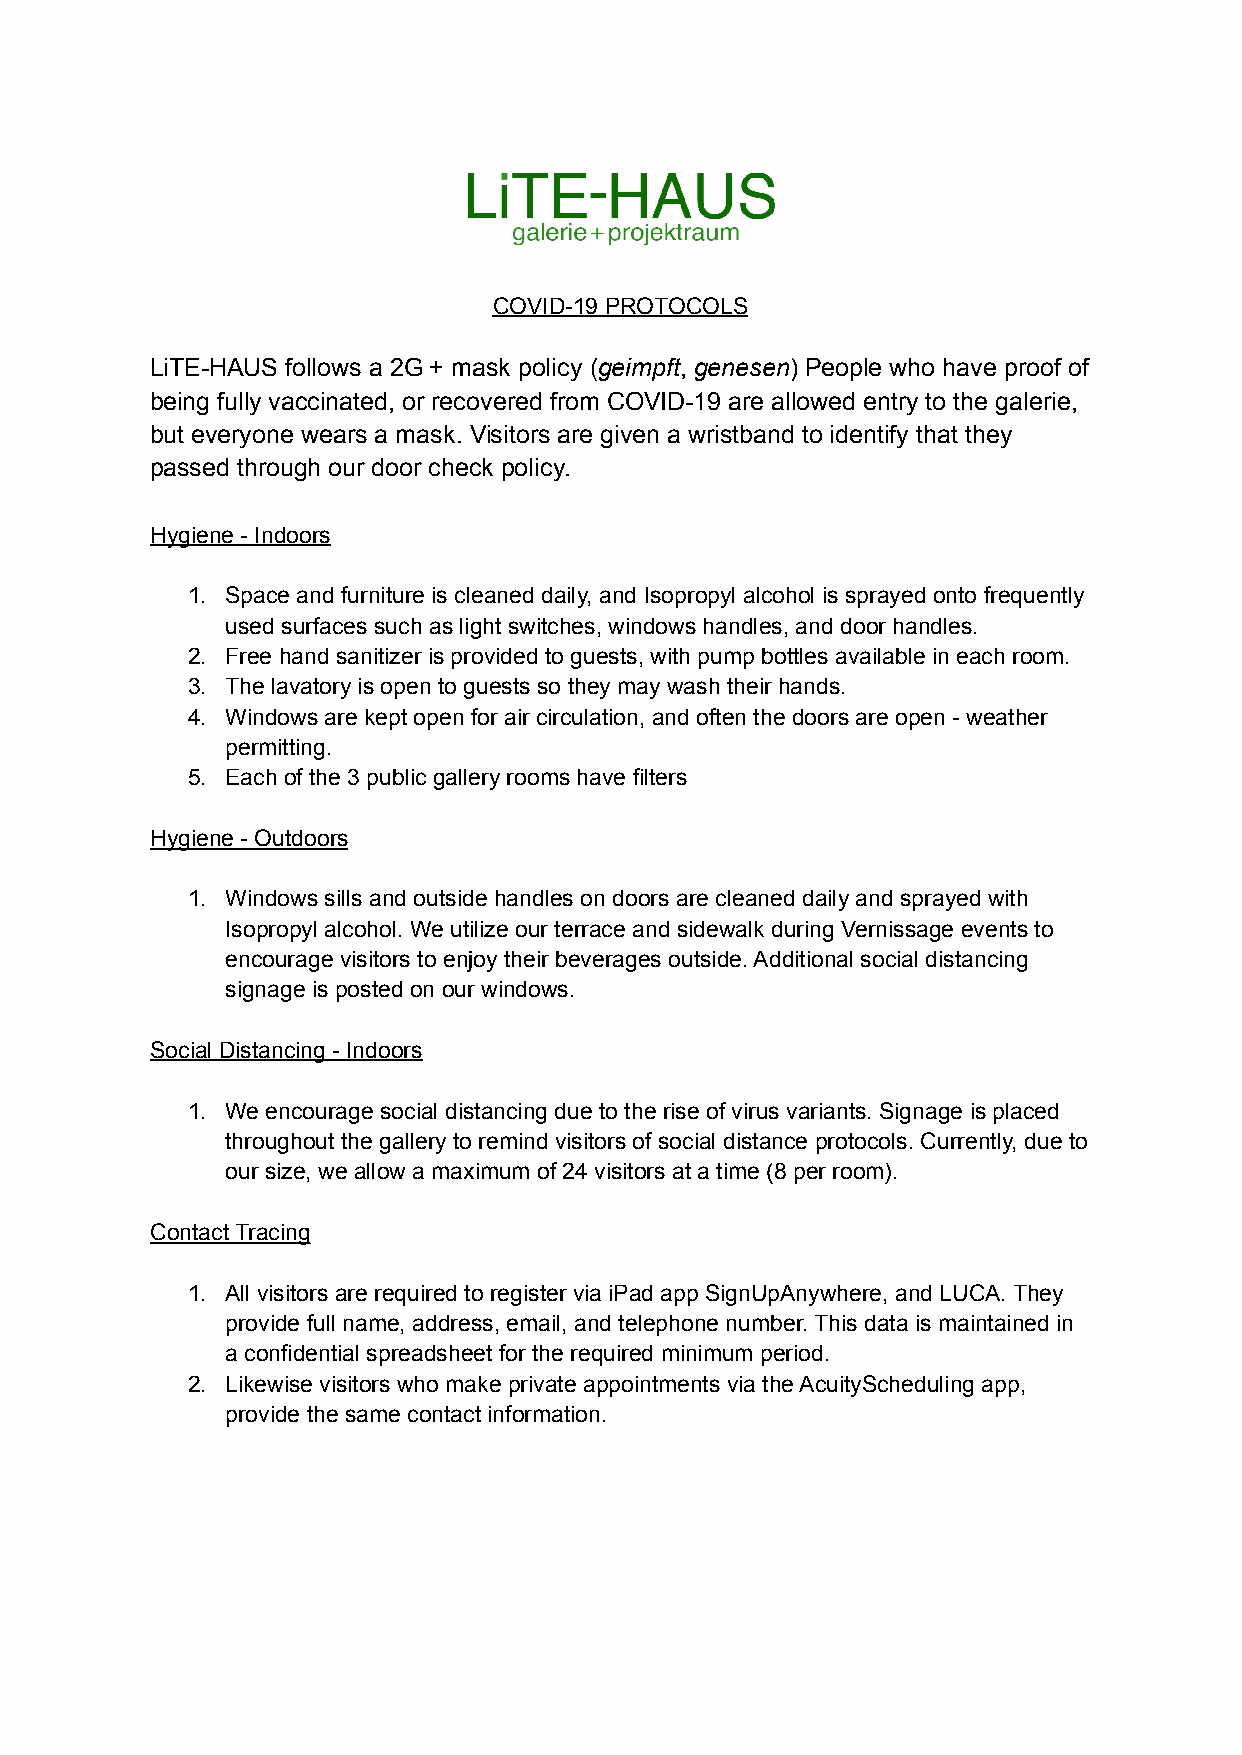
COVID-19 PROTOCOLS
 LiTE-HAUS follows a 2G + mask policy (geimpft, genesen) People who have proof of
 being fully vaccinated, or recovered from COVID-19 are allowed entry to the galerie,
 but everyone wears a mask. Visitors are given a wristband to identify that they
 passed through our door check policy.
 Hygiene - Indoors
 1. Space and furniture is cleaned daily, and Isopropyl alcohol is sprayed onto frequently
 used surfaces such as light switches, windows handles, and door handles.
 2. Free hand sanitizer is provided to guests, with pump bottles available in each room.
 3. The lavatory is open to guests so they may wash their hands.
 4. Windows are kept open for air circulation, and often the doors are open - weather
 permitting.
 5. Each of the 3 public gallery rooms have filters
 Hygiene - Outdoors
 1. Windows sills and outside handles on doors are cleaned daily and sprayed with
 Isopropyl alcohol. We utilize our terrace and sidewalk during Vernissage events to
 encourage visitors to enjoy their beverages outside. Additional social distancing
 signage is posted on our windows.
 Social Distancing - Indoors
 1. We encourage social distancing due to the rise of virus variants. Signage is placed
 throughout the gallery to remind visitors of social distance protocols. Currently, due to
 our size, we allow a maximum of 24 visitors at a time (8 per room).
 Contact Tracing
 1. All visitors are required to register via iPad app SignUpAnywhere, and LUCA. They
 provide full name, address, email, and telephone number. This data is maintained in
 a confidential spreadsheet for the required minimum period.
 2. Likewise visitors who make private appointments via the AcuityScheduling app,
 provide the same contact information.